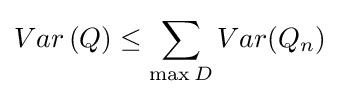
Var\left(Q\right)\leq \sum _{\max D}Var(Q_{n})